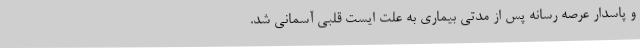
و پاسدار عرصه رسانه پس از مدتی بیماری به علت ایست قلبی آسمانی شد.